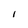
Character: i